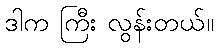
ဒါက ကြီး လွန်းတယ်။